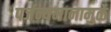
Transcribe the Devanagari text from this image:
पर्जन्यमानामुळे